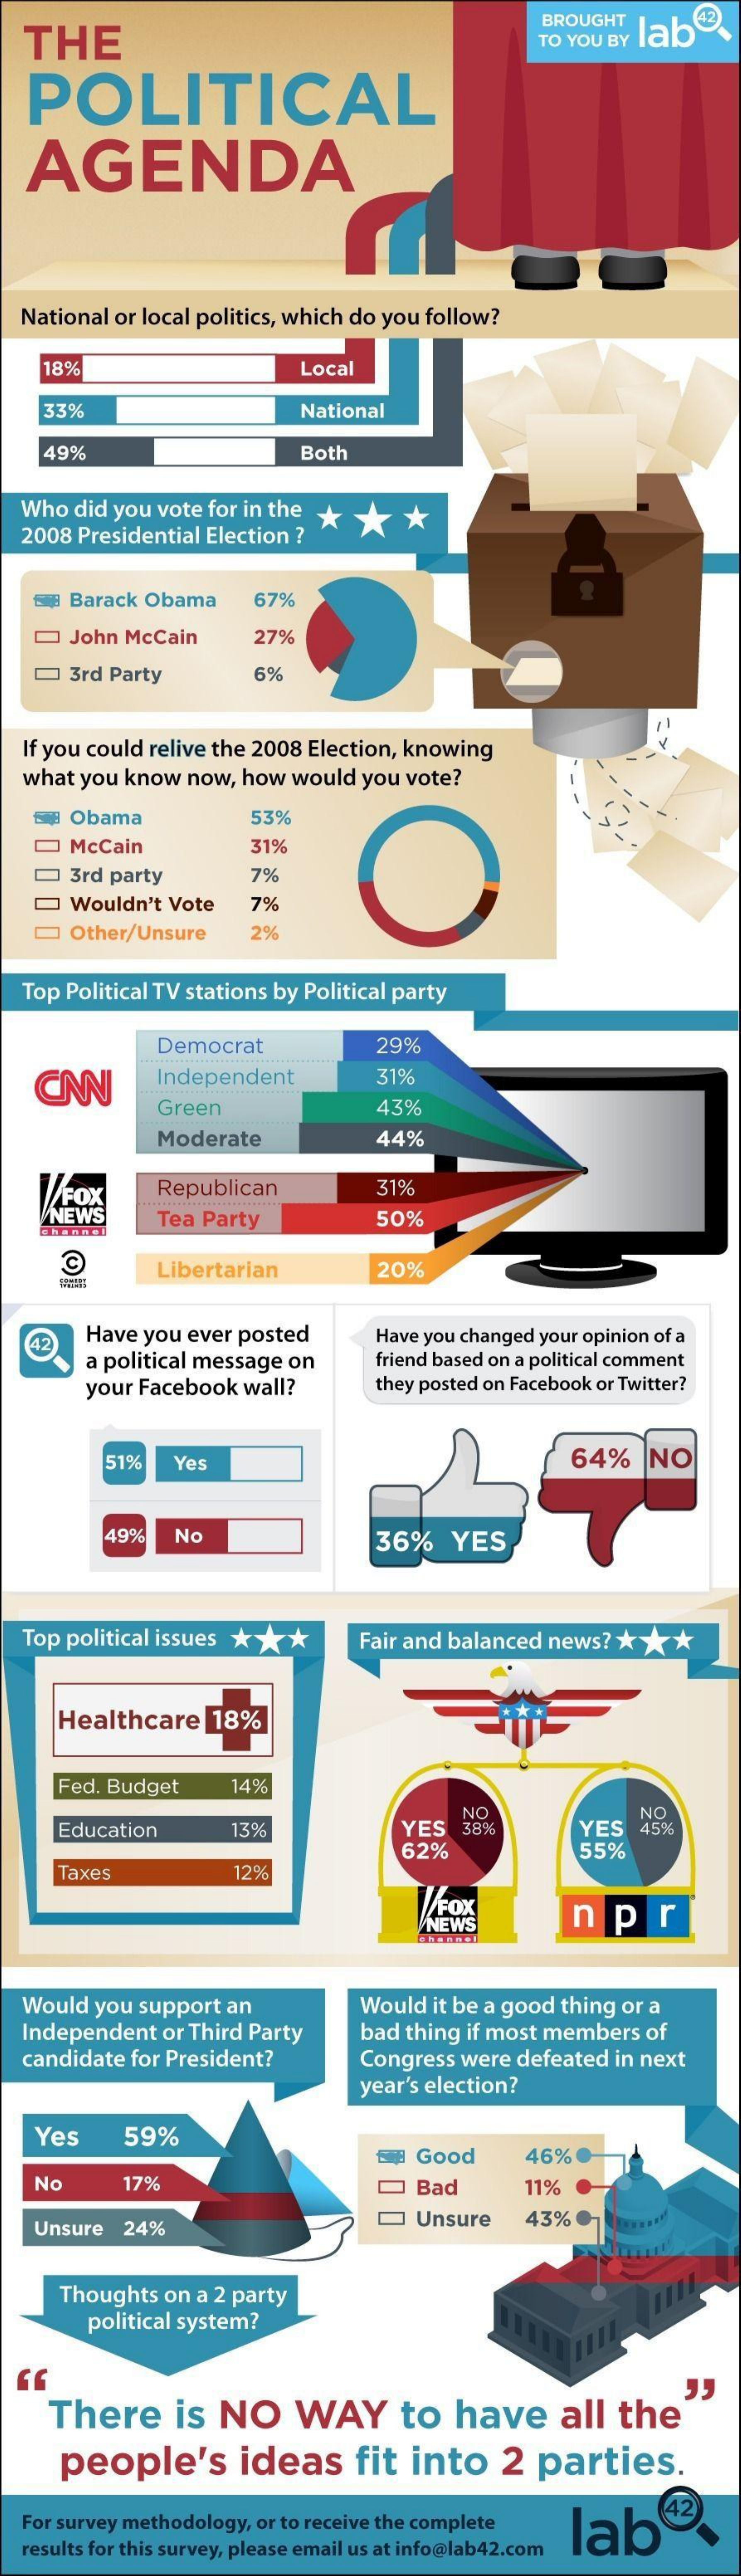
THE
     BROUGHT
     TO YOU BY lab
   POLITICAL
   AGENDA
  National or local politics, which do you follow?
     18%    Local
     33%    National
     49%    Both
  Who  did you vote for in the *   *   *
  2008 Presidential Election ?
     Barack Obama    67%
     John Mccain    27%
     3rd Party    6%
  If you could relive the 2008 Election, knowing
  what  you know  now, how  would  you vote?
     Obama    53%
     McCain    31%
     3rd party    7%
     Wouldn't Vote    7%
     Other/Unsure    2%
  Top Political TV stations by Political party
     Democrat    29%
     Independent    31%
     Green    43%
     Moderate    44%
     FOX    Republican    31%
     NEWS    Tea Party    50%
    Shannel
     Libertarian    20%
   42   Have  you ever posted    Have you changed your opinion of a
     a political message on    friend based on a political comment
     your Facebook  wall?    they posted on Facebook or Twitter?
     51%    Yes    64%    NO
     49%   No    36%    YES
  Top political issues ***    Fair and balanced news? *  *  *
     Healthcare    18%
     Fed. Budget    14%
     Education    13%    YES
     NO
     38%    YES
     NO
     45%
     62%    55%
     Taxes    12%
     Fox    npr
  Would  you support  an    Would  it be a good thing or a
  Independent   or Third Party    bad thing if most members  of
  candidate  for President?    Congress were  defeated in next
     year's election?
    Yes    59%
     ▼  Good    46%
   No    17%    Bad    11%
    Unsure  24%    Unsure    43%
     Thoughts  on a 2 party
     political system?
     There    is  NO    WAY    to   have    all  the
     people's    ideas    fit  into    2  parties.
  For survey methodology, or to receive the complete  lab
  results for this survey, please email us at info@lab42.com